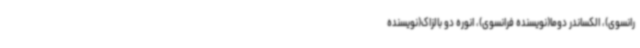
رانسوی)، الکساندر دوما(نویسنده فرانسوی)، انوره دو بالزاک(نویسنده